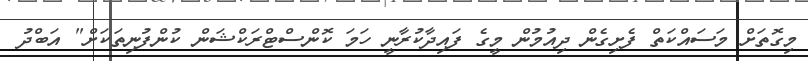
މިގޮތަށް މަސައްކަތް ފެށިގެން ދިއުމުން މީގެ ފައިދާކުރާނީ ހަމަ ކޮންސްޓްރަކްޝަން ކުންފުނިތަކަށް" އަބްދު